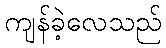
ကျန်ခဲ့လေသည်